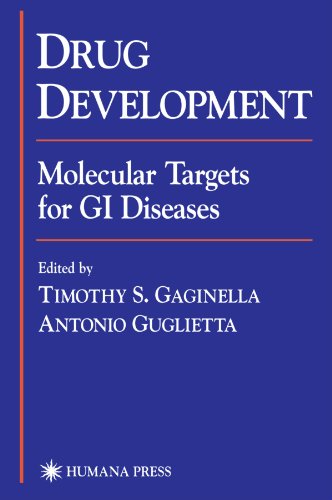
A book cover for Drug Development: Molecular Targets for GI Diseases; Medical Books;